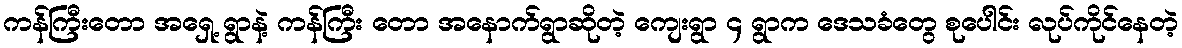
ကန်ကြီးတော အရှေ့ ရွာနဲ့ ကန်ကြီး တော အနောက်ရွာဆိုတဲ့ ကျေးရွာ ၄ ရွာက ဒေသခံတွေ စုပေါင်း လုပ်ကိုင်နေတဲ့